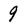
Character: 9